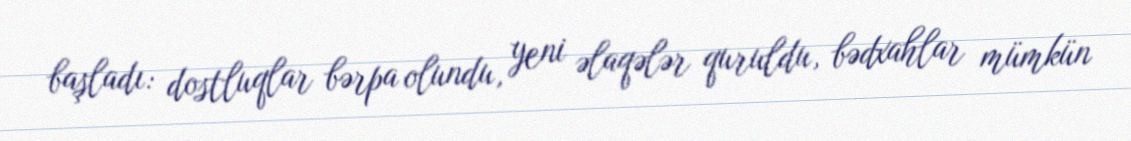
başladı: dostluqlar bərpa olundu, yeni əlaqələr quruldu, bədxahlar mümkün